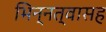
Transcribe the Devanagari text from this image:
भिन्नत्वासह